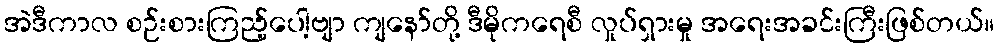
အဲဒီကာလ စဉ်းစားကြည့်ပေါ့ဗျာ ကျနော်တို့ ဒီမိုကရေစီ လှုပ်ရှားမှု အရေးအခင်းကြီးဖြစ်တယ်။